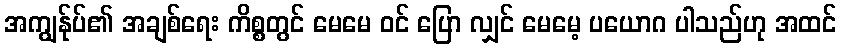
အကျွန်ုပ်၏ အချစ်ရေး ကိစ္စတွင် မေမေ ဝင် ပြော လျှင် မေမေ့ ပယောဂ ပါသည်ဟု အထင်